Report on vaccination in Madras 1895-1903 - 1895-1903
Year: 1895
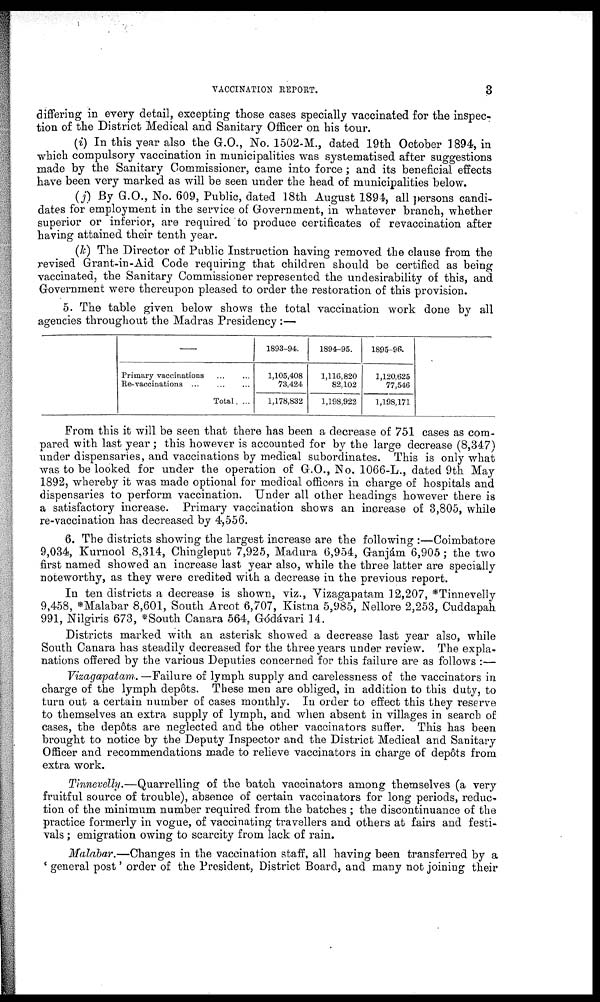
VACCINATION REPORT.
3
differing in every detail, excepting those cases specially vaccinated for the inspect¬
tion of the District Medical and Sanitary Officer on his tour.
(i) In this year also the G.O., No. 1502-M., dated 19th October 1894, in
which compulsory vaccination in municipalities was systematised after suggestions
made by the Sanitary Commissioner, came into force; and its beneficial effects
have been very marked as will be seen under the head of municipalities below.
(j) By G.O., No. 609, Public, dated 18th August 1894, all persons candi-
dates for employment in the service of Government, in whatever branch, whether
superior or inferior, are required to produce certificates of revaccination after
having attained their tenth year.
(k) The Director of Public Instruction having removed the clause from the
revised Grant-in-Aid Code requiring that children should be certified as being
vaccinated, the Sanitary Commissioner represented the undesirability of this, and
Government were thereupon pleased to order the restoration of this provision.
5. The table given below shows the total vaccination work done by all
agencies throughout the Madras Presidency:—
—
Primary vaccinations ... ...
Re-vaccinations ... ... ...
Total ...
1893-94.
1,105,408
73,424
1,178,832
1894-95.
1,116,820
82,102
1,198,922
1895-96.
1,120,625
77,546
1,198,171
From this it will be seen that there has been a decrease of 751 cases as com-
pared with last year ; this however is accounted for by the large decrease (8,347)
under dispensaries, and vaccinations by medical subordinates. This is only what
was to be looked for under the operation of G.O., No. 1066-L., dated 9th May
1892, whereby it was made optional for medical officers in charge of hospitals and
dispensaries to perform vaccination. Under all other headings however there is
a satisfactory increase. Primary vaccination shows an increase of 3,805, while
re-vaccination has decreased by 4,556.
6. The districts showing the largest increase are the following :—Coimbatore
9,034, Kurnool 8,314, Chingleput 7,925, Madura 6,954, Ganjám 6,905; the two
first named showed an increase last year also, while the three latter are specially
noteworthy, as they were credited with a decrease in the previous report.
In ten districts a decrease is shown, viz., Vizagapatam 12,207, *Tinnevelly
9,458, *Malabar 8,601, South Arcot 6,707, Kistna 5,985, Nellore 2,253, Cuddapah
991, Nilgiris 673, *South Canara 564, Gódávari 14.
Districts marked with an asterisk showed a decrease last year also, while
South Canara has steadily decreased for the three years under review. The expla-
nations offered by the various Deputies concerned for this failure are as follows :—
Vizagapatam. —Failure of lymph supply and carelessness of the vaccinators in
charge of the lymph depôts. These men are obliged, in addition to this duty, to
turn out a certain number of cases monthly. In order to effect this they reserve
to themselves an extra supply of lymph, and when absent in villages in search of
cases, the depôts are neglected and the other vaccinators suffer. This has been
brought to notice by the Deputy Inspector and the District Medical and Sanitary
Officer and recommendations made to relieve vaccinators in charge of depôts from
extra work.
Tinnevelly.—Quarrelling of the batch vaccinators among themselves (a very
fruitful source of trouble), absence of certain vaccinators for long periods, reduc-
tion of the minimum number required from the batches ; the discontinuance of the
practice formerly in vogue, of vaccinating travellers and others at fairs and festi-
vals ; emigration owing to scarcity from lack of rain.
Malabar.—Changes in the vaccination staff, all having been transferred by a
'general post' order of the President, District Board, and many not joining their